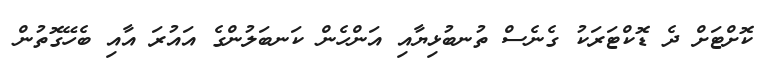
ކޮށްޓަށް ދެ ޑޮކްޓަރަކު ގެނެސް ތުނބުޅިޔާއި އަންހެން ކަނބަލުންގެ އައުރަ އާއި ބެހޭގޮތުން